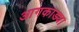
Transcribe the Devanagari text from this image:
आगकाड्या